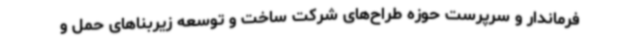
فرماندار و سرپرست حوزه طراح‌های شرکت ساخت و توسعه زیربناهای حمل و